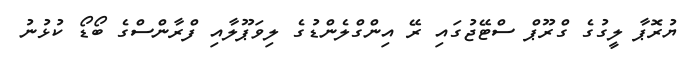
ޔުރޮޕާ ލީގުގެ ގްރޫޕް ސްޓޭޖުގައި ރޭ އިންގްލެންޑުގެ ލިވަޕޫލާއި ފްރާންސްގެ ބޯޑޯ ކުޅުނު